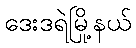
ဒေးဒရဲမြို့နယ်